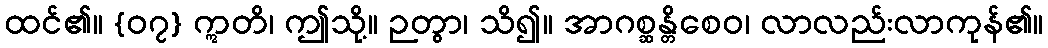
ထင်၏။ {၀၇} ဣတိ၊ ဤသို့။ ဉတွာ၊ သိ၍။ အာဂစ္ဆန္တိစေဝ၊ လာလည်းလာကုန်၏။